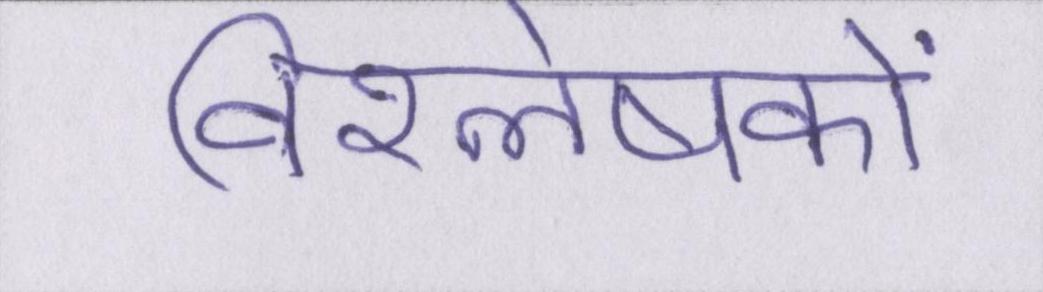
विश्लेषकों